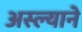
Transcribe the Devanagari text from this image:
अस्ल्याने